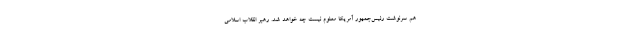
هم سرنوشت رئیس‌جمهور آمریکا معلوم نیست چه خواهد شد. رهبر انقلاب اسلامی